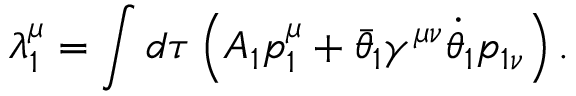
\lambda _ { 1 } ^ { \mu } = \int d \tau \left( A _ { 1 } p _ { 1 } ^ { \mu } + \bar { \theta } _ { 1 } \gamma ^ { \mu \nu } \dot { \theta } _ { 1 } p _ { 1 \nu } \right) .